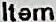
ITEM